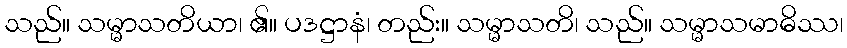
သည်။ သမ္မာသတိယာ၊ ၏။ ပဒဋ္ဌာနံ၊ တည်း။ သမ္မာသတိ၊ သည်။ သမ္မာသမာဓိဿ၊